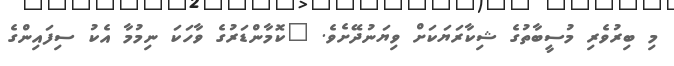
މި ބިރުވެރި މުސީބާތުގެ ޝިކާރަޔަކަށް ވިޔަނުދޭށެވެ. "ކޮމާންޑަރުގެ ވާހަކަ ނިމުމާ އެކު ސިފައިންގެ